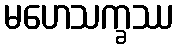
မဟေသက္ခဿ